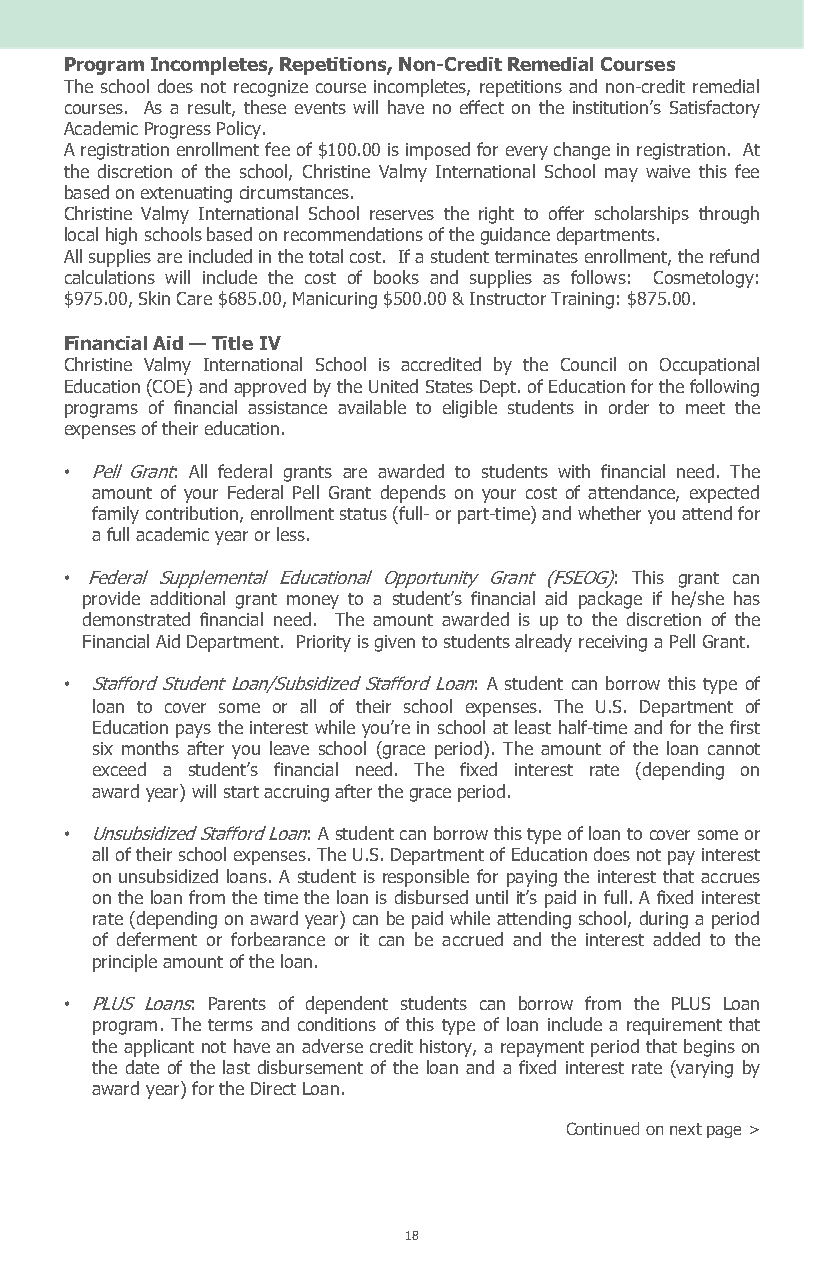
Program Incompletes, Repetitions, Non-Credit Remedial Courses
 The school does not recognize course incompletes, repetitions and non-credit remedial
 courses. As a result, these events will have no effect on the institution’s Satisfactory
 Academic Progress Policy.
 A registration enrollment fee of $100.00 is imposed for every change in registration. At
 the discretion of the school, Christine Valmy International School may waive this fee
 based on extenuating circumstances.
 Christine Valmy International School reserves the right to offer scholarships through
 local high schools based on recommendations of the guidance departments.
 All supplies are included in the total cost. If a student terminates enrollment, the refund
 calculations will include the cost of books and supplies as follows: Cosmetology:
 $975.00, Skin Care $685.00, Manicuring $500.00 & Instructor Training: $875.00.
 Financial Aid — Title IV
 Christine Valmy International School is accredited by the Council on Occupational
 Education (COE) and approved by the United States Dept. of Education for the following
 programs of financial assistance available to eligible students in order to meet the
 expenses of their education.
 • Pell Grant: All federal grants are awarded to students with financial need. The
 amount of your Federal Pell Grant depends on your cost of attendance, expected
 family contribution, enrollment status (full- or part-time) and whether you attend for
 a full academic year or less.
 • Federal Supplemental Educational Opportunity Grant (FSEOG): This grant can
 provide additional grant money to a student’s financial aid package if he/she has
 demonstrated financial need. The amount awarded is up to the discretion of the
 Financial Aid Department. Priority is given to students already receiving a Pell Grant.
 • Stafford Student Loan/Subsidized Stafford Loan: A student can borrow this type of
 loan to cover some or all of their school expenses. The U.S. Department of
 Education pays the interest while you’re in school at least half-time and for the first
 six months after you leave school (grace period). The amount of the loan cannot
 exceed a student’s financial need. The fixed interest rate (depending on
 award year) will start accruing after the grace period.
 • Unsubsidized Stafford Loan: A student can borrow this type of loan to cover some or
 all of their school expenses. The U.S. Department of Education does not pay interest
 on unsubsidized loans. A student is responsible for paying the interest that accrues
 on the loan from the time the loan is disbursed until it’s paid in full. A fixed interest
 rate (depending on award year) can be paid while attending school, during a period
 of deferment or forbearance or it can be accrued and the interest added to the
 principle amount of the loan.
 • PLUS Loans: Parents of dependent students can borrow from the PLUS Loan
 program. The terms and conditions of this type of loan include a requirement that
 the applicant not have an adverse credit history, a repayment period that begins on
 the date of the last disbursement of the loan and a fixed interest rate (varying by
 award year) for the Direct Loan.
 Continued on next page >
 18